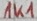
Text: 1K1